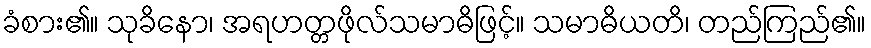
ခံစား၏။ သုခိနော၊ အရဟတ္တဖိုလ်သမာဓိဖြင့်။ သမာဓိယတိ၊ တည်ကြည်၏။